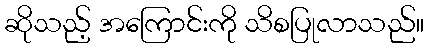
ဆိုသည့် အကြောင်းကို သိစပြုလာသည်။